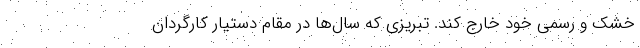
خشک و رسمی خود خارج کند. تبریزی که سال‌ها در مقام دستیار کارگردان